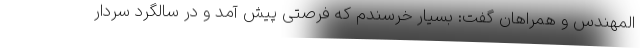
المهندس و همراهان گفت: بسیار خرسندم که فرصتی پیش آمد و در سالگرد سردار